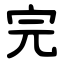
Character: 完